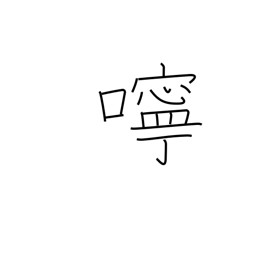
Meaning: kindness